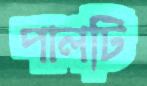
পালটি